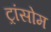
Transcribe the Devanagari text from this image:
ट्रांसोम